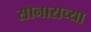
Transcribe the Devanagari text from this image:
सोनाराच्या